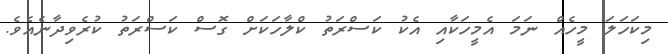
މިކަހަލަ މީހެއް ނަމަ އެމީހަކާއި އެކު ކަސްރަތު ކްލާހަކަށް ގޮސް ކަސްރަތު ކުރެވިދާނެއެވެ.